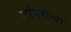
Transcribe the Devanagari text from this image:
नांगरल्या